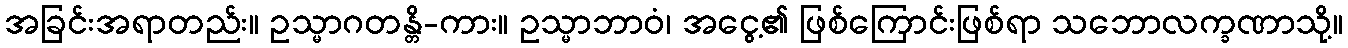
အခြင်းအရာတည်း။ ဥသ္မာဂတန္တိ-ကား။ ဥသ္မာဘာဝံ၊ အငွေ့၏ ဖြစ်ကြောင်းဖြစ်ရာ သဘောလက္ခဏာသို့။